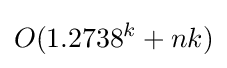
O(1.2738^{k}+nk)